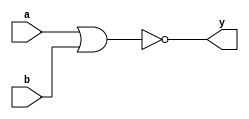
`timescale 1ns/1ns

module nor_op(a, b, y);
input [3:0] a,b;
output [3:0] y;

assign y=~(a|b);

endmodule